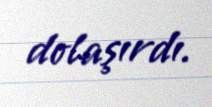
dolaşırdı.